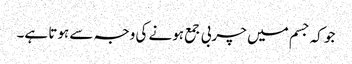
جو کہ جسم میں چربی جمع ہونے کی وجہ سے ہوتا ہے۔